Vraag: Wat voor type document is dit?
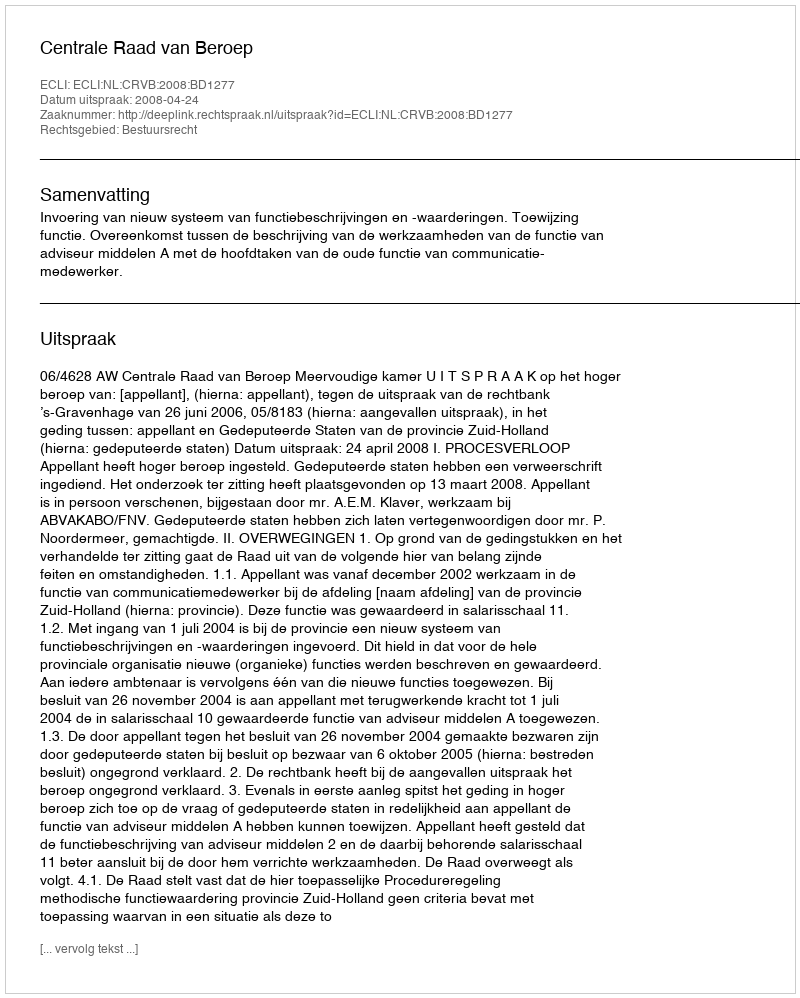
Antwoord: Uitspraak